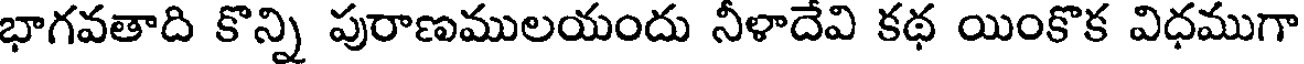
భాగవతాది కొన్ని పురాణములయందు నీళాదేవి కథ యింకొక విధముగా